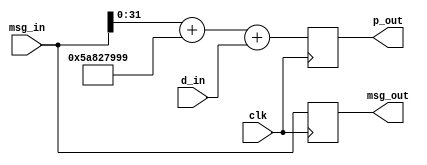

// Created by David Guillen Fandos
// david@davidgf.net
// You may use it as long as you share the sources

`timescale 1ns / 1ps

module sha1_pre_stage(
	input         clk,

	input  [ 31:0] d_in,   // 32 bit D[i-1]

	input  [511:0] msg_in,    // 512 bit msg
	output [511:0] msg_out,   //

	output [31:0] p_out    // 32 bit P[i] (replaces E[i])
);

// Parameters to instance the stage
parameter stagen = 0;    // This is our "i"

// Calculate k_i
wire [31:0] k_i;
assign k_i = (stagen < 20) ? 32'h5A827999 :
             (stagen < 40) ? 32'h6ED9EBA1 :
             (stagen < 60) ? 32'h8F1BBCDC :
                             32'hCA62C1D6 ;

// Calculate w[i]
wire [31:0] w_i_calc_1;
wire [31:0] w_i_calc_2;
assign w_i_calc_1 = msg_in[31+32* 0:32* 0] ^
                    msg_in[31+32* 2:32* 2] ^
                    msg_in[31+32* 8:32* 8] ^
                    msg_in[31+32*13:32*13];
assign w_i_calc_2 = { w_i_calc_1[30:0], w_i_calc_1[31] };

// Select w[i] or w[0] for window shift stage
wire [31:0] w_i;
assign w_i = (stagen < 16) ? msg_in[31+32*stagen:32*stagen] : msg_in[511:480];

// Add 3 terms up
wire [31:0] p_i;
assign p_i = w_i + k_i + d_in;  // This is w[i] + k + e (a and f remaining!)

// Internal FF stage (32 bit) + ~512bit (less depending on zeros!)
reg  [31:0] p;
reg [511:0] msg_reg;
always @(posedge clk)
begin
	p <= p_i;
	if (stagen < 15)
		msg_reg <= msg_in;
	else
		msg_reg <= { w_i_calc_2, msg_in[511:32] };
end

// Output
assign p_out = p;
assign msg_out = msg_reg;

endmodule